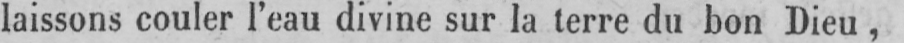
laissons couler l’eau divine sur la terre du bon Dieu,